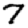
Digit: 7